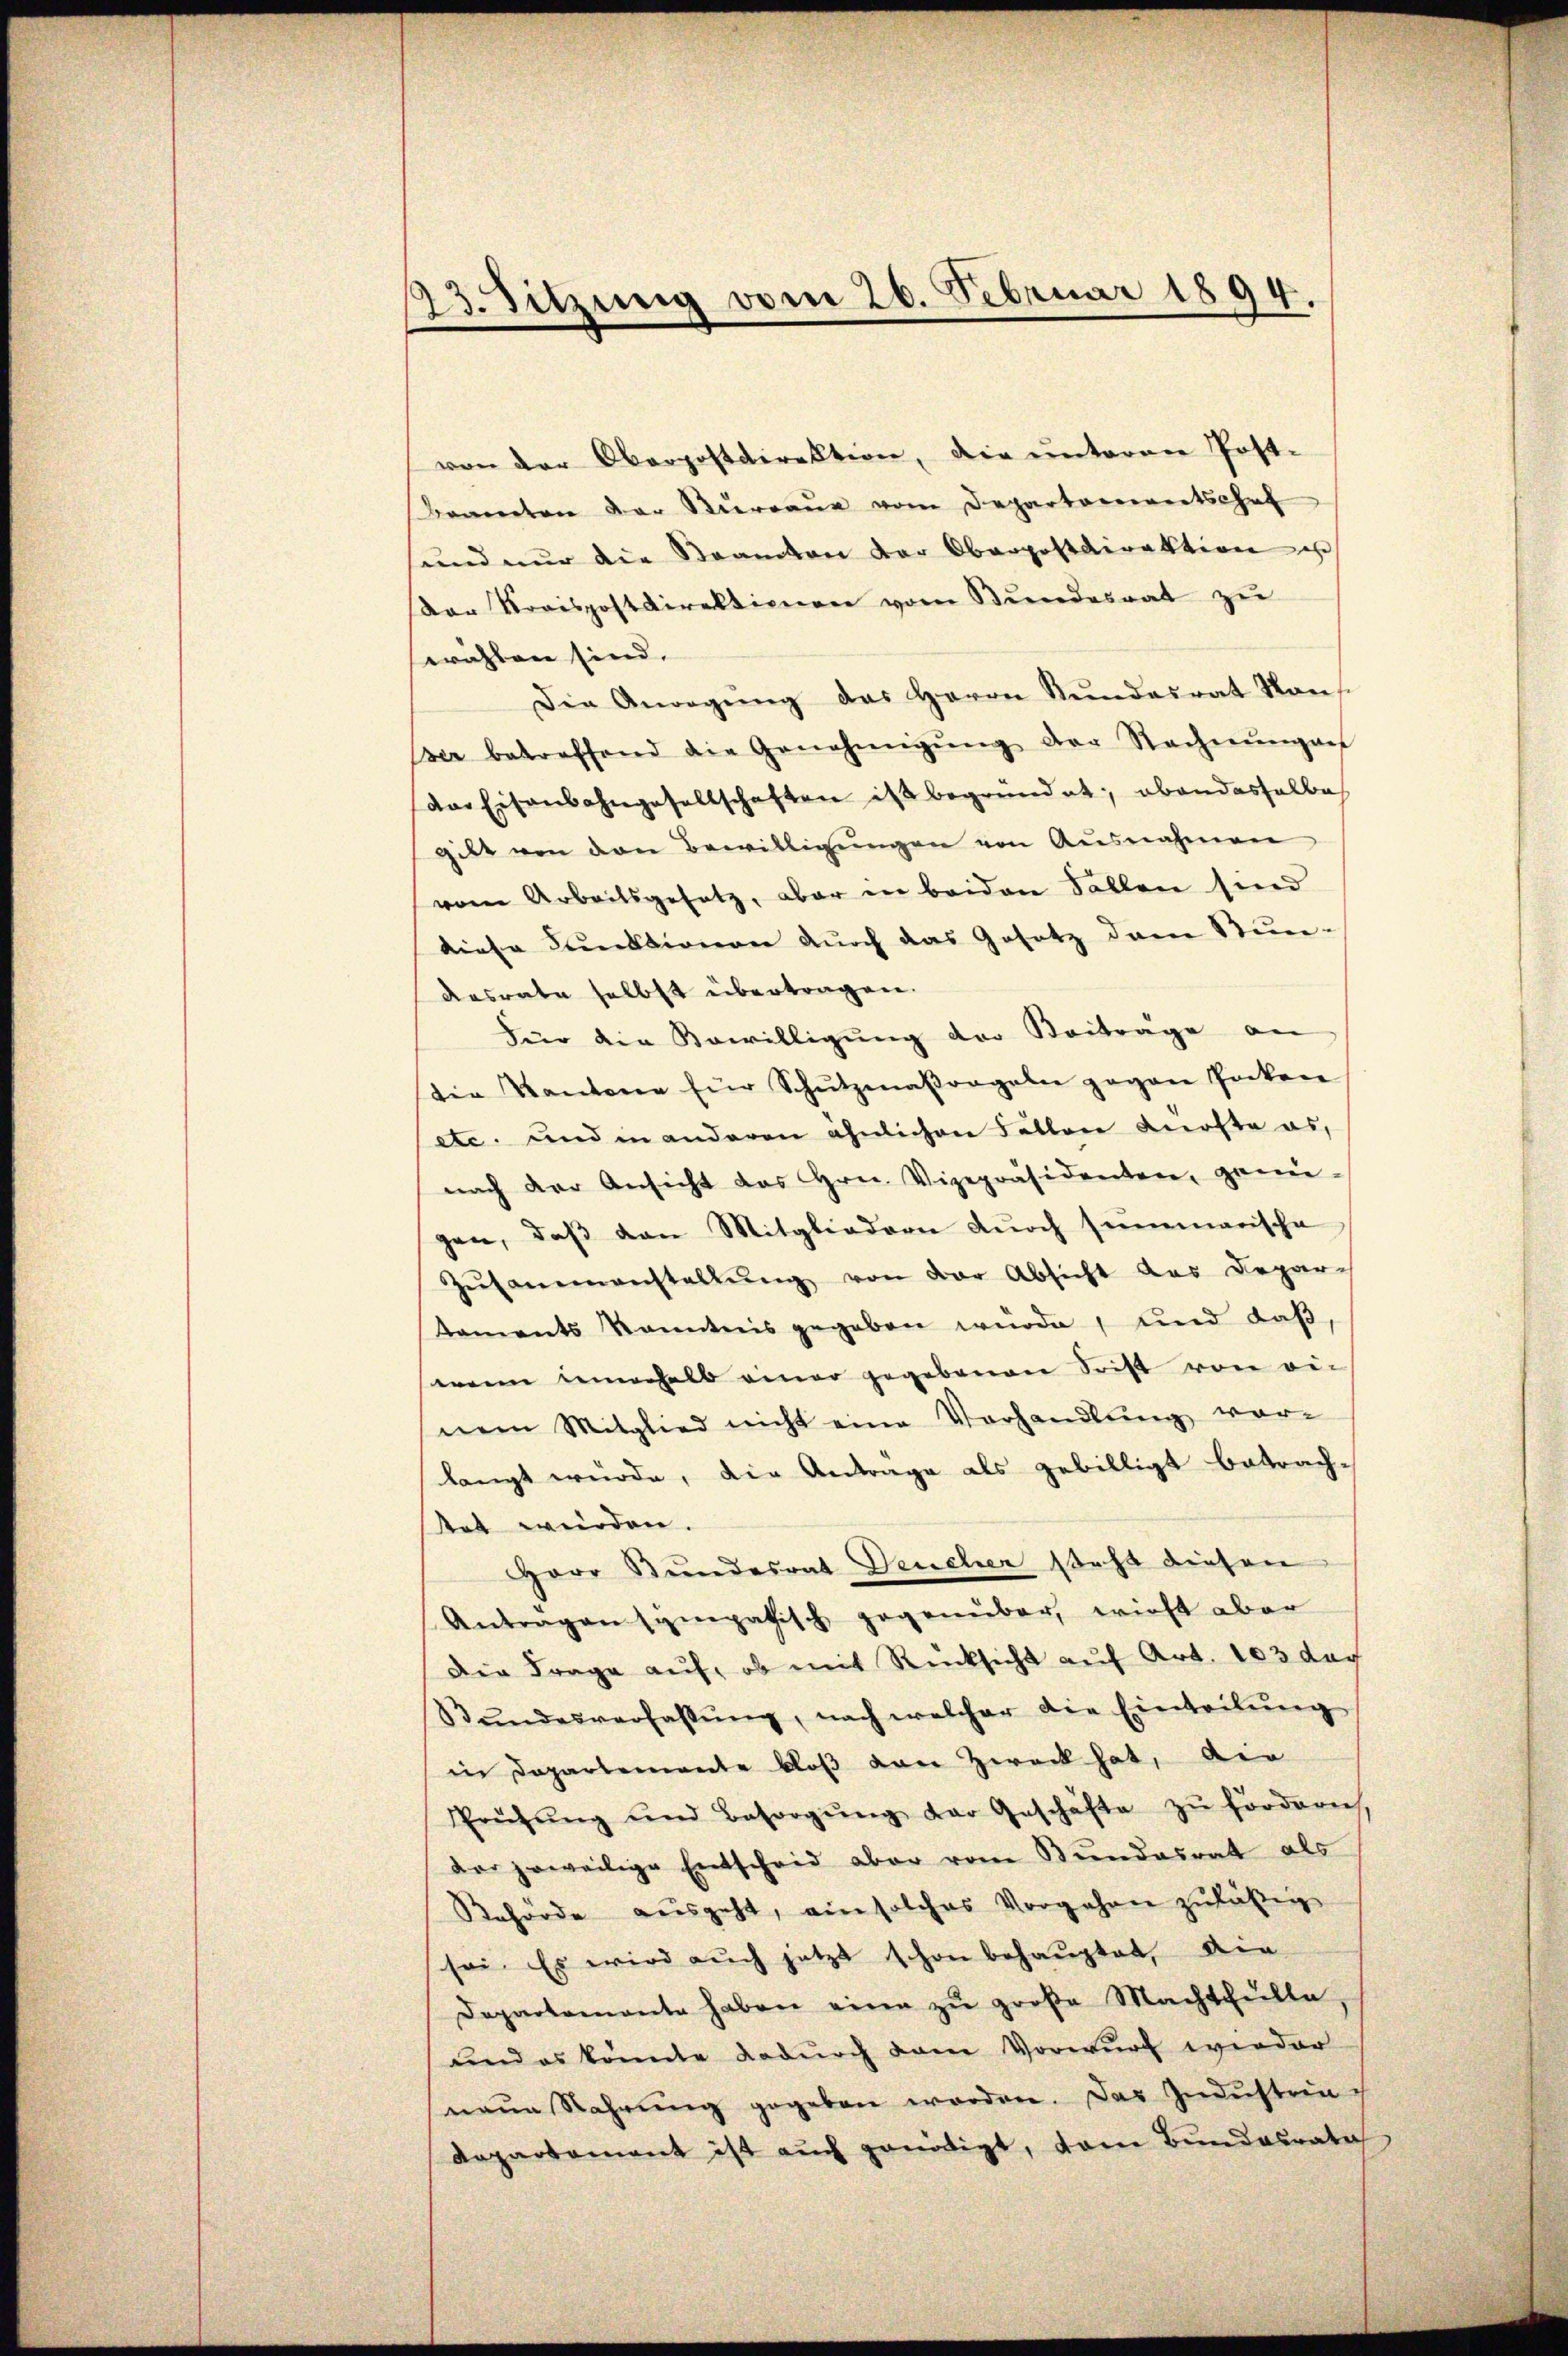
23. Sitzung vom 26. Februar 1894.

von der Oberpostdirektion, die unteren Post-
Beamten der Thurgau vom Departenwertschaf
und nur die Beamten der Oberpostdirektion u
der Kreispostdirektionen vom Bŭndesrat zŭ
swahlen sind.
Die Anregŭng des Herrn Stŭndesrat Kons
ser betreffend die Genehmigŭng der Rechnŭngen
der Eisenbahngesellschaften ist begründet; abandesselbe
gibt von den Bewilligŭngen von Ausnahmen
vom Arbeitsgesetz, aber in beiden Sallen sind
diese Funktionen durch das Gesetz dann Stun-
desrate selbst übertragen.
hier die Bewilligung der Beiträge an
ter Kantone für Schŭtzmaßregeln gegen Pocken
etc. und in anderen ähnlichen Fällen Kürste es,
nach der Ansicht das Hrn. Vizepräsidenten, genü-
gen, daß den Mitgliedern durch summarische
Zŭsammenstellŭng von der Absicht des Depar-
kaments kanntnis gegeben würde, und daβ,
wenn jenerhalb einer gegebenen Frist von die
nem Mitglied nicht eine Vorhandlŭng vor-
langt würde, die Antrage als gebilligt betrach-
tet werden.
Herr Stundesrat Deucher steht diesen
Antragen sympathisch gegenüber, wirst aber
Der Frage auf, ob mit Rücksicht auf Art. 103 dag
Stŭndesverfassŭng, nach welcher die Einteilŭng
in Departemente bloß von Zweck hat, die
Prüfŭng und Besorgŭng der Geschäfte zŭ fordern
der jeweilige Entscheid aber vom Bundesrat als
Rehörde ausgeht, ein solches Vorgehren zuläßig
sei. Es wird auch jetzt schon behauptet, die
Departemente haben eine zŭ große Machthülle,
und es konnte dadurch dem Vorwurf wieder
naue Nahrung gegeben worden. Das Industrinc
Dapartement ist auch genötigt, dem Bundesrata